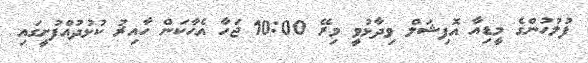
ފުލުހުންގެ މީޑިއާ އޮފިޝަލް ވިދާޅުވީ މިރޭ 10:00 ޖަހާ އެހާކަން ހާއިރު ކުޅުދުއްފުށީގައި